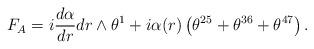
LaTeX: \begin{align*}F_{A}=i\frac{d\alpha}{dr}dr\wedge\theta^{1}+i\alpha(r)\left(\theta^{25}+\theta^{36}+\theta^{47}\right).\end{align*}